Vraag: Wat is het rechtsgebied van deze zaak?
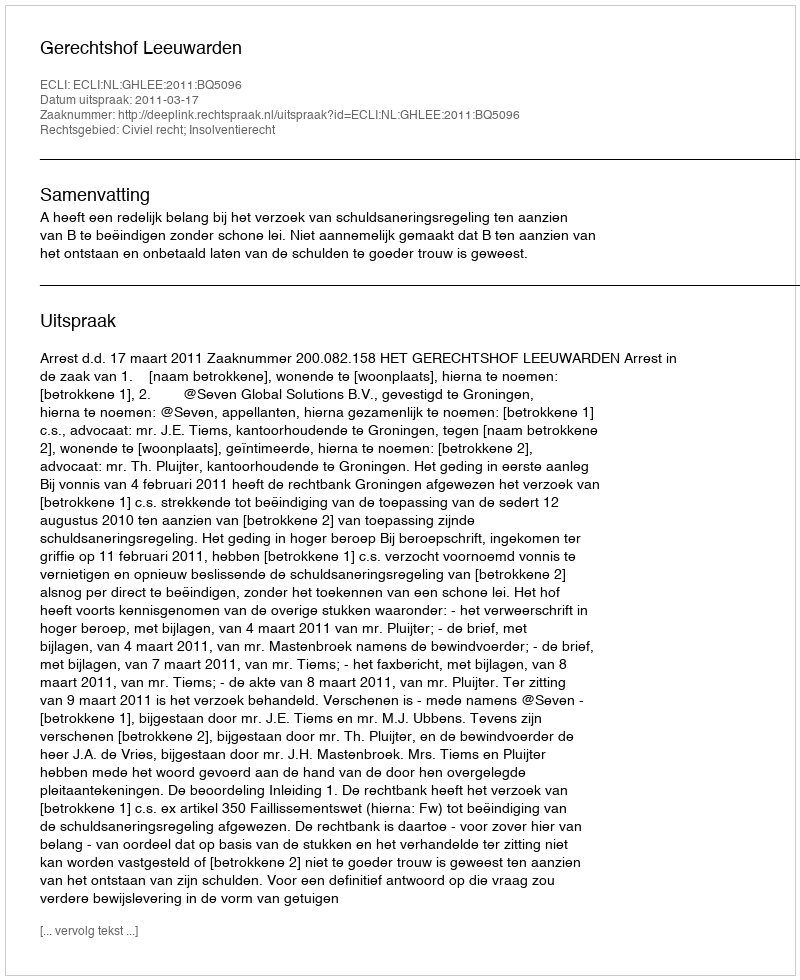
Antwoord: Civiel recht; Insolventierecht